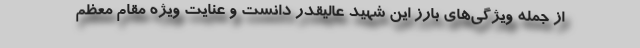
از جمله ویژگی‌های بارز این شهید عالیقدر دانست و عنایت ویژه مقام معظم